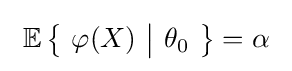
\ \operatorname {\mathbb {E} } {\bigl \{}\ \varphi (X)\ {\big |}\ \theta _{0}\ {\bigr \}}=\alpha \